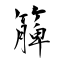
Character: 簲